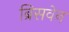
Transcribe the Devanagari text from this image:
ब्रिसवेन